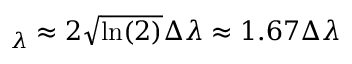
_ \lambda \approx 2 \sqrt { \ln ( 2 ) } \Delta \lambda \approx 1 . 6 7 \Delta \lambda